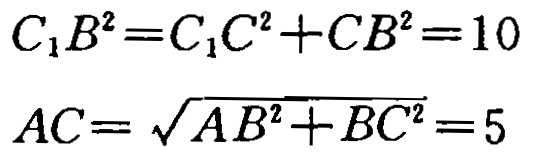
\[

C_{1}B^{2}=C_{1}C^{2}+CB^{2}=10

\]

\[

AC = \sqrt{AB^{2}+BC^{2}}=5

\]